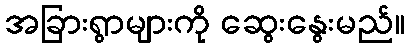
အခြားရွာများကို ဆွေးနွေးမည်။